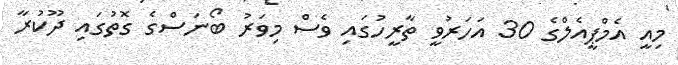
މިއީ އެމްޕީއެލްގެ 30 އަހަރުވީ ތާރީހުގައި ވެސް މިވަރު ބޯނަސްގެ ގޮތުގައި ދޫކުރާ